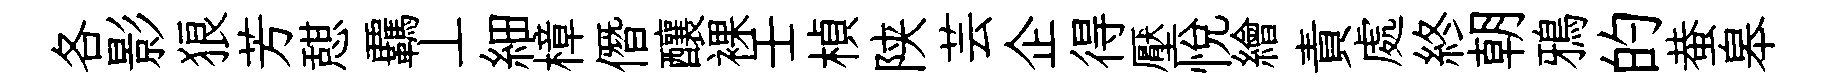
各影狼芳憇覊丄細樟僭釀裸壬楨陕芸企得壓悅繪責處終朝鴉的蛬皋